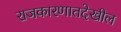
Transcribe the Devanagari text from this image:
राजकारणातदेखील